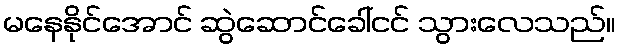
မနေနိုင်အောင် ဆွဲဆောင်ခေါ်ငင် သွားလေသည်။